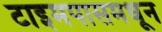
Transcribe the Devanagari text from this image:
टाइमपासमधून